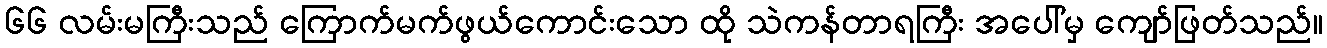
၆၆ လမ်းမကြီးသည် ကြောက်မက်ဖွယ်ကောင်းသော ထို သဲကန်တာရကြီး အပေါ်မှ ကျော်ဖြတ်သည်။